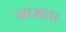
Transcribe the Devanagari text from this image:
जाआ।।